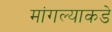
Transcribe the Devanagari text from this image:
मांगल्याकडे